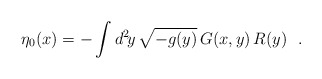
\begin{align*}\eta_0(x)=-\int d^2\!y\,\sqrt{-g(y)}\,G(x,y)\,R(y)\ \ .\end{align*}